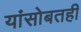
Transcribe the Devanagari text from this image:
यांसोबतही